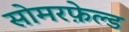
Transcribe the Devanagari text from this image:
सोमरफ़ेल्ड